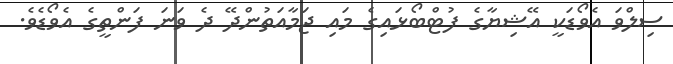
ސިލްވަ އެވޯޑަކީ އޭޝިޔާގެ ފުޓްބޯޅައިގެ މައި ޖަމާއަތުންދޭ ދެ ވަނަ ފަންތީގެ އެވޯޑެވެ.